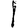
Digit: 1